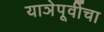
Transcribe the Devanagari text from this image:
याञेपूर्वीचा